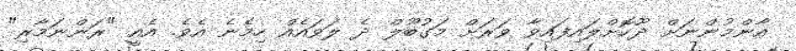
އާންމުންނަށް ދޫކޮށްލައިފައިވާ ވަރަށް މަގުބޫލް ދެ ލަވައެއް ހިމެނެ އެވެ. އެއީ "ރަންނަމާރި"